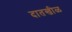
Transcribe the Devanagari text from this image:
दातखीळ